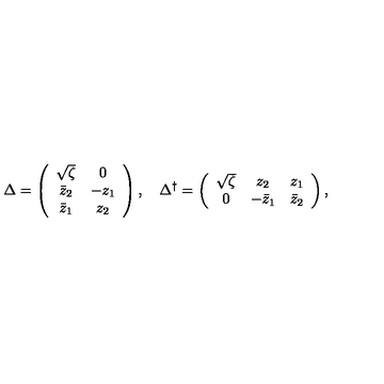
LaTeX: \Delta = \left( \begin{array} { c c } { \sqrt { \zeta } } & { 0 } \\ { \bar { z } _ { 2 } } & { - z _ { 1 } } \\ { \bar { z } _ { 1 } } & { z _ { 2 } } \\ \end{array} \right) , \quad \Delta ^ { \dagger } = \left( \begin{array} { c c c } { \sqrt { \zeta } } & { z _ { 2 } } & { z _ { 1 } } \\ { 0 } & { - \bar { z } _ { 1 } } & { \bar { z } _ { 2 } } \\ \end{array} \right) ,